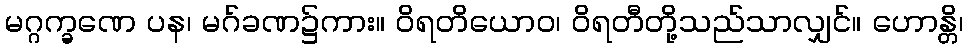
မဂ္ဂက္ခဏေ ပန၊ မဂ်ခဏ၌ကား။ ဝိရတိယောဝ၊ ဝိရတီတို့သည်သာလျှင်။ ဟောန္တိ၊